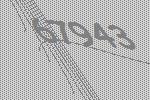
67943